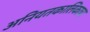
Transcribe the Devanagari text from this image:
अनियतकालिकाचा